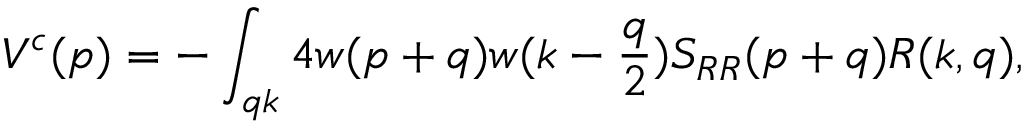
V ^ { c } ( p ) = - \int _ { q k } 4 w ( p + q ) w ( k - { \frac { q } { 2 } } ) S _ { R R } ( p + q ) R ( k , q ) ,